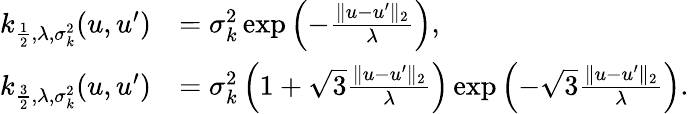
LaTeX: \begin{array}{rl}{k_{\frac{1}{2},\lambda,\sigma_{k}^{2}}(u,u^{\prime})}&{=\sigma_{k}^{2}\exp\left(-\frac{\| u-u^{\prime}\| _{2}}{\lambda}\right),}\\ {k_{\frac{3}{2},\lambda,\sigma_{k}^{2}}(u,u^{\prime})}&{=\sigma_{k}^{2}\left(1+\sqrt{3}\frac{\| u-u^{\prime}\| _{2}}{\lambda}\right)\exp\left(-\sqrt{3}\frac{\| u-u^{\prime}\| _{2}}{\lambda}\right).}\end{array}